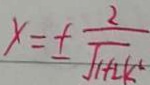
x = \pm \frac { 2 } { \sqrt { 1 + 2 k ^ { 2 } } }